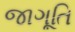
જાગૂતિ